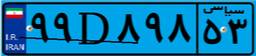
۹۹D۸۹۸۵۳